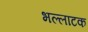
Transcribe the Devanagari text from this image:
भल्लाटक